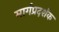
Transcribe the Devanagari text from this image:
मार्गप्रदर्शक